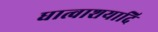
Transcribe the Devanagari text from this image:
धात्वाशयादि